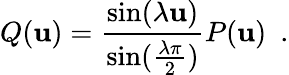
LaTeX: Q(\mathbf{u})=\frac{{\sin(\lambda\mathbf{u})}}{{\sin(\frac{{\lambda\pi}}{{2}})}}P(\mathbf{u})\, \, \, .